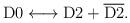
LaTeX: \begin{align*}{\rm D0} \longleftrightarrow {\rm D2} + {\overline {\rm D2}}.\end{align*}